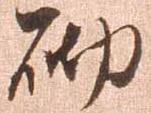
砌